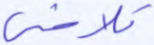
تلاشي